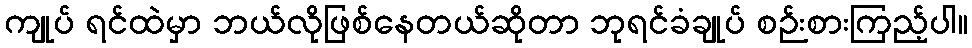
ကျုပ် ရင်ထဲမှာ ဘယ်လိုဖြစ်နေတယ်ဆိုတာ ဘုရင်ခံချုပ် စဉ်းစားကြည့်ပါ။